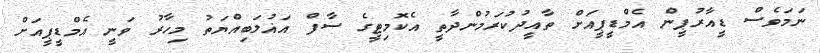
ނަމަވެސް ޑީއާރުޕީން އެމްޑީޕީއަށް ތާއީދުކުރަމުންދާތީ އެކޮމިޓީގެ ސާފް އަޣުލަބިއްޔަތު މިހާރު ވަނީ އެމްޑީޕީއަށް